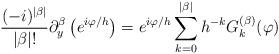
LaTeX: \begin{align*}\frac{(-i)^{|\beta|}}{|\beta|!}\partial_y^\beta\left(e^{i\varphi/h}\right)=e^{i\varphi/h}\sum_{k=0}^{|\beta|}h^{-k}G_{k}^{(\beta)}(\varphi)\end{align*}